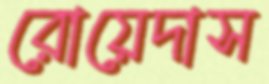
রোয়েদাস